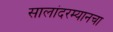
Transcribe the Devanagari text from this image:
सालांदरम्यानचा